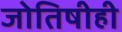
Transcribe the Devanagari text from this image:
जोतिषीही